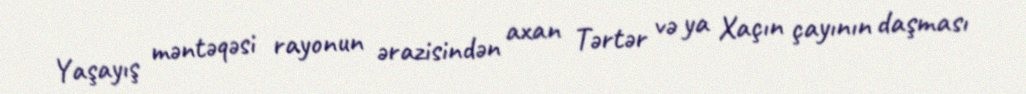
Yaşayış məntəqəsi rayonun ərazisindən axan Tərtər və ya Xaçın çayının daşması